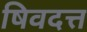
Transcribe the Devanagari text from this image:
षिवदत्त